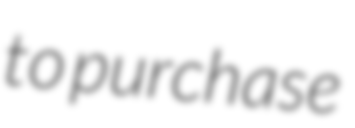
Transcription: to purchase